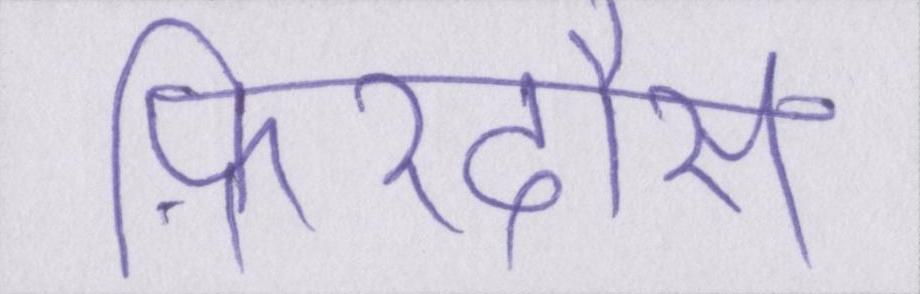
फ़िरदौस